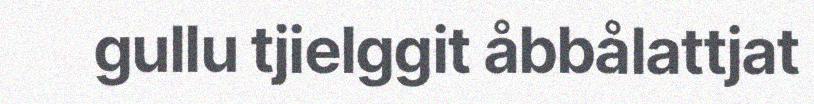
gullu tjielggit åbbålattjat